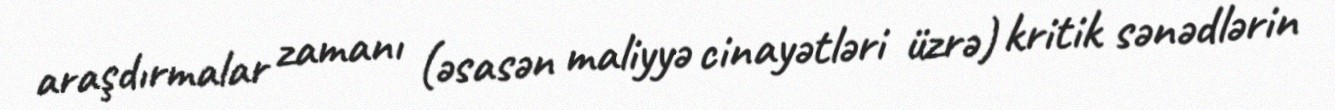
araşdırmalar zamanı (əsasən maliyyə cinayətləri üzrə) kritik sənədlərin